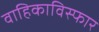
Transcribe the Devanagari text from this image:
वाहिकाविस्फार